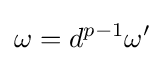
\omega =d^{p-1}\omega '